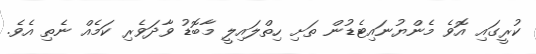
ކުރީގައި އޮވެ މެންޔުނައިޓެޑުން ތަށި ހިތްލައިލީ މާބޮޑު ވާދަވެރި ކަމެއް ނެތި އެވެ.